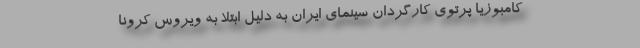
کامبوزیا پرتوی کارگردان سینمای ایران به دلیل ابتلا به ویروس کرونا